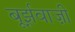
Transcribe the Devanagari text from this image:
बूर्झ़वाज़ी